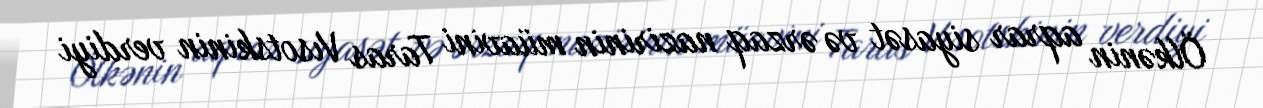
Ölkənin aqrar siyasət və ərzaq nazirinin müavini Taras Vısotskinin verdiyi